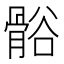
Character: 𬴒